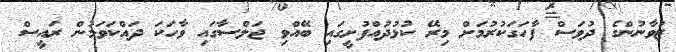
ޒުވާނުންގެ ދުވަސް ފާހަގަކުރުމަށް މިރޭ ކުޅުދުއްފުށީގައި ބޭއްވި ޖަލްސާގައި ވާހަކަ ދައްކަވަމުން ރައީސް